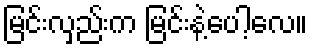
မြင်းလှည်းက မြင်းနဲ့ပေါ့လေ။